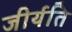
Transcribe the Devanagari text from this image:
जीर्यति